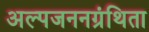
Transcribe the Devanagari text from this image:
अल्पजननग्रंथिता